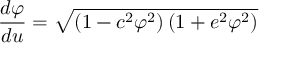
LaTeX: { \frac { d \varphi } { d u } } = { \sqrt { \left( 1 - c ^ { 2 } \varphi ^ { 2 } \right) \left( 1 + e ^ { 2 } \varphi ^ { 2 } \right) } }